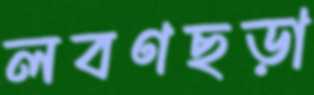
লবণছড়া